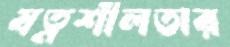
যত্নশীলতার